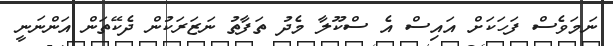
ނަަމަވެސް ފަހަކަށް އައިސް އެ ސްކޫލާ މެދު ތަފާތު ނަޒަރަކުން ދެކޭތަން އަންނަނީ